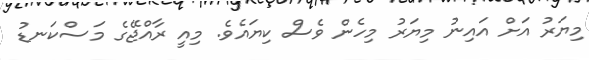
މިޔަރު އަށް އައިނު މިޔަރު މިހެން ވެސް ކިޔައެވެ. މިއީ ރާއްޖޭގެ މަސްކަނޑު